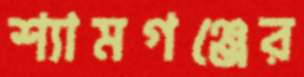
শ্যামগঞ্জের